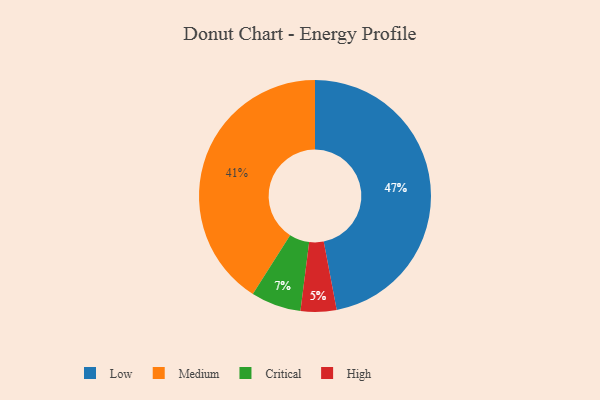
{"axis": {"x": "Category", "y": "Percentage"}, "legend": ["Critical", "High", "Low", "Medium"], "data": [{"x": "Low", "y": 47, "type": "Low"}, {"x": "Critical", "y": 7, "type": "Critical"}, {"x": "High", "y": 5, "type": "High"}, {"x": "Medium", "y": 41, "type": "Medium"}]}